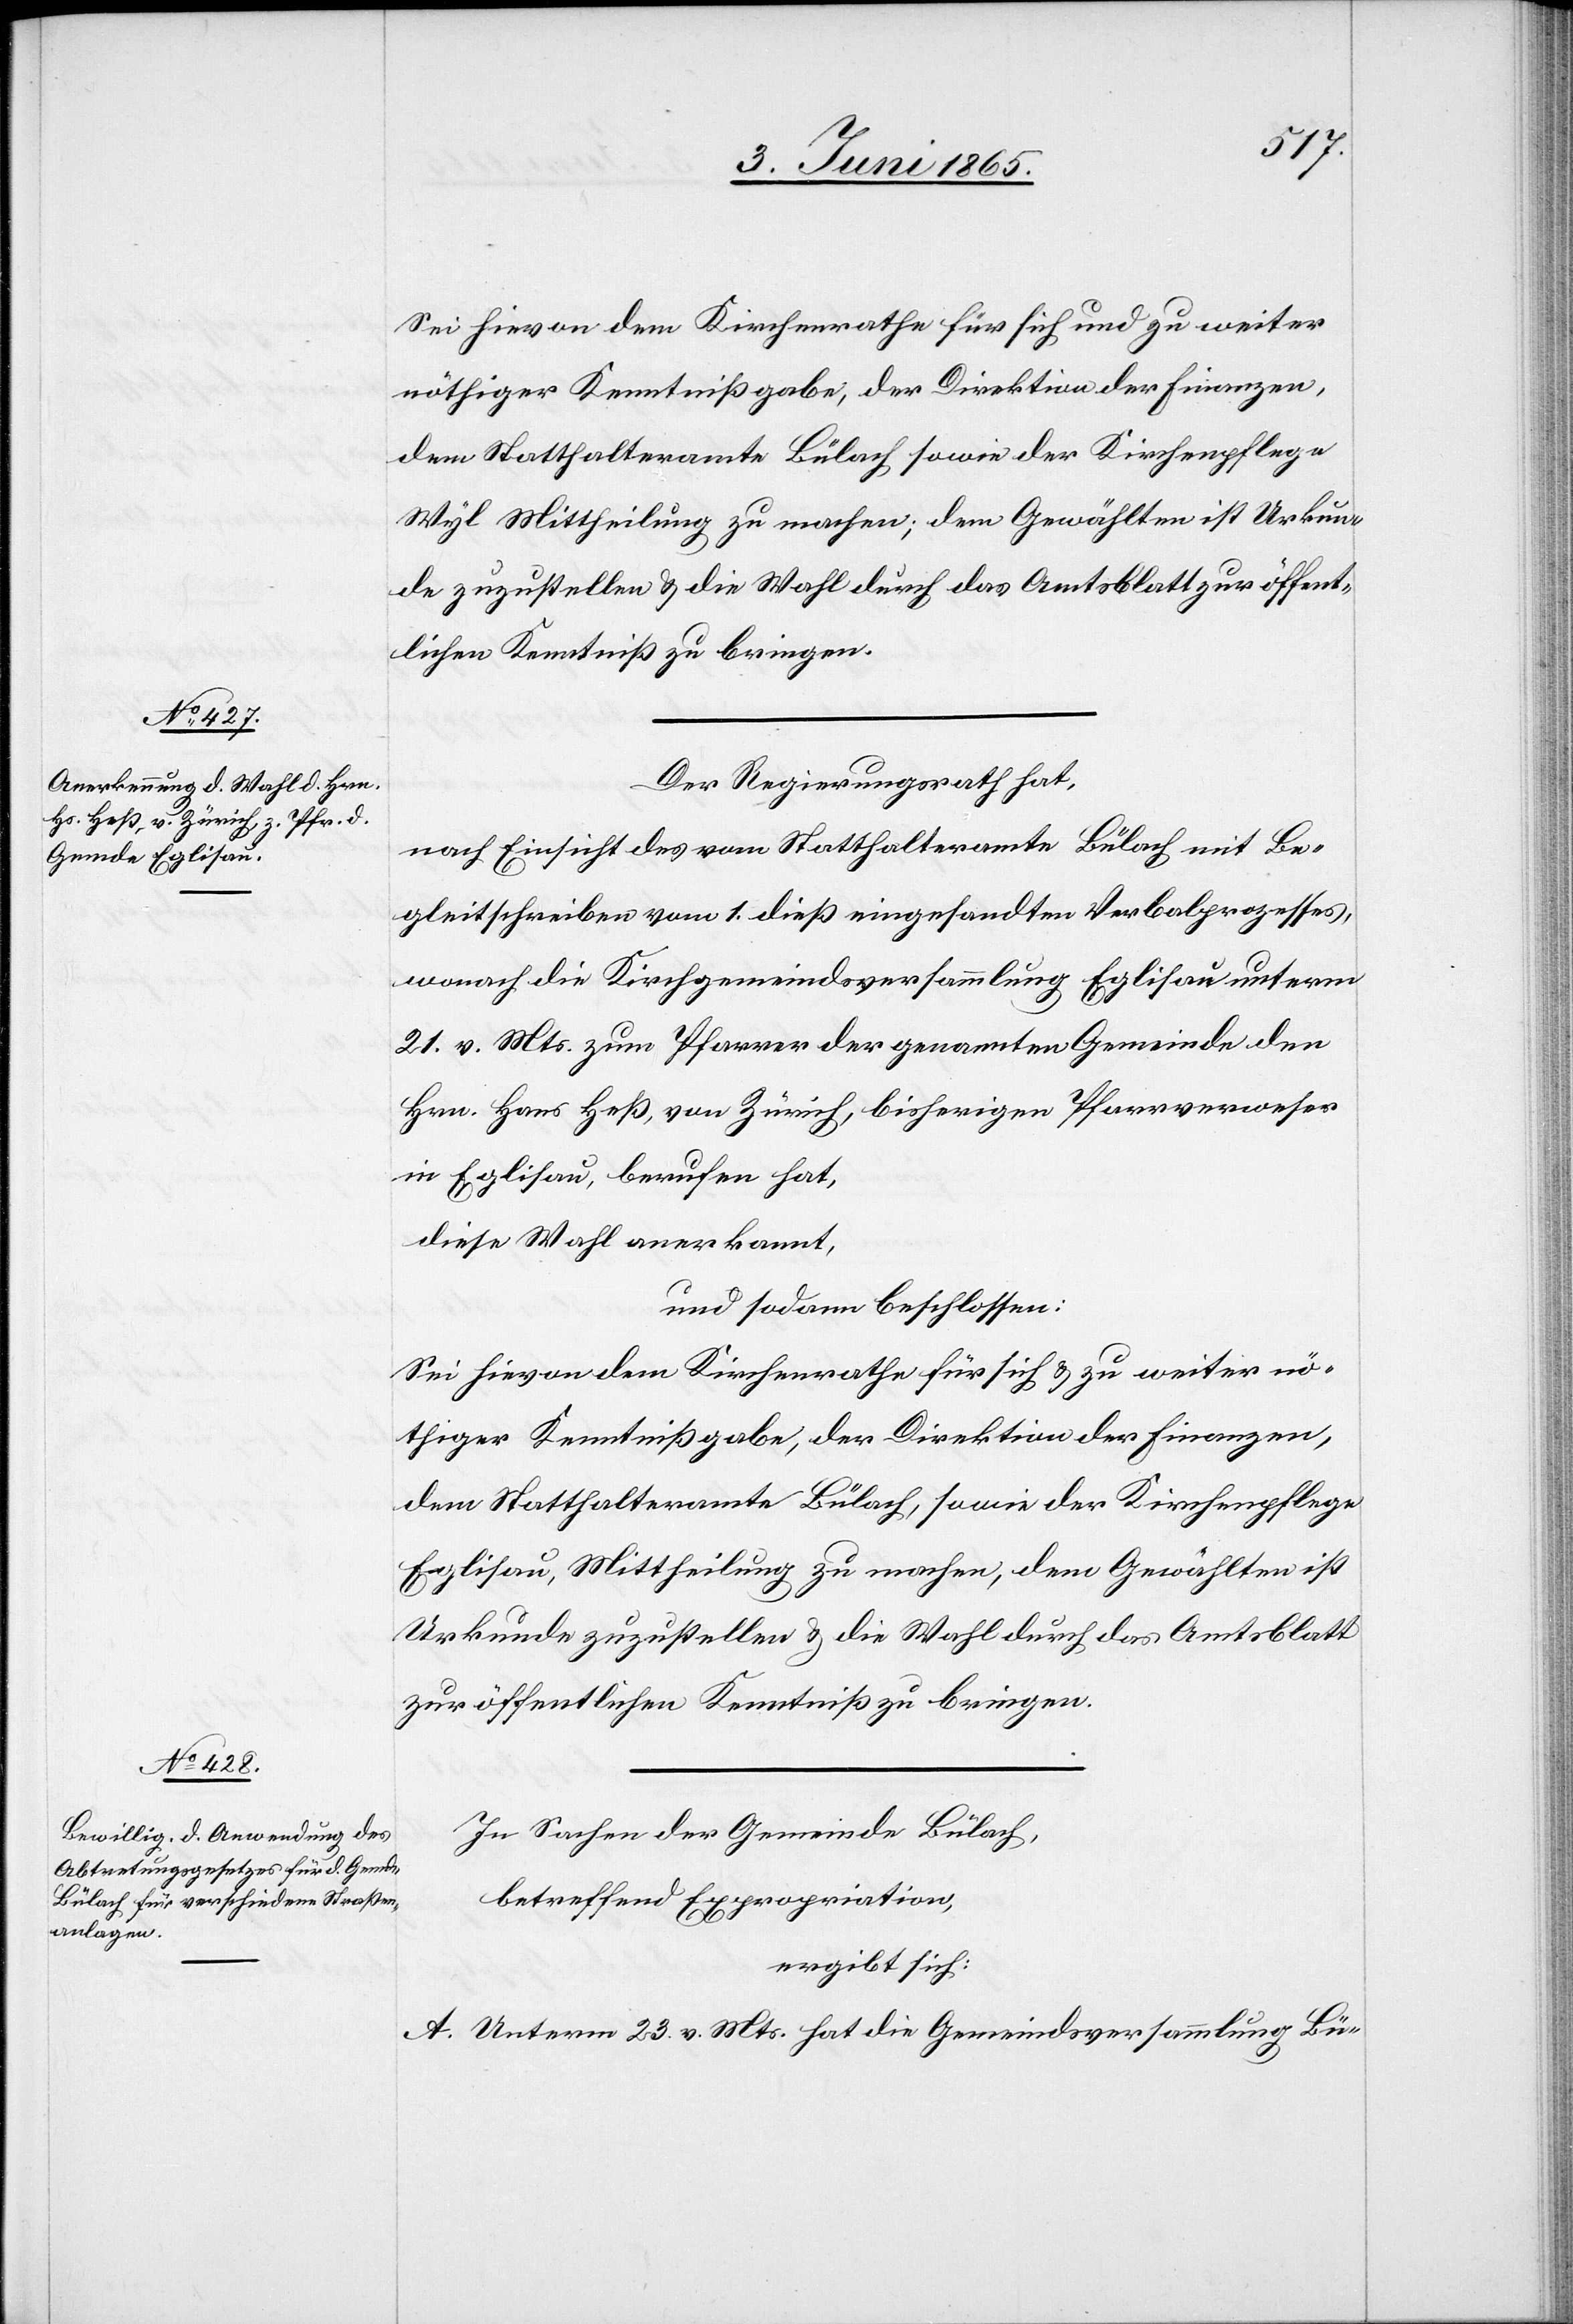
Sei hievon dem Kirchenrathe für sich und zu weiter
nöthiger Kenntnißgabe, der Direktion der Finanzen,
dem Statthalteramte Bülach sowie der Kirchenpflege
Wyl Mittheilung zu machen; dem Gewählten ist Urkun¬
de zuzustellen & die Wahl durch das Amtsblatt zur öffent¬
lichen Kenntniß zu bringen.
Der Regierungsrath hat,
nach Einsicht des vom Statthalteramte Bülach mit Be¬
gleitschreiben vom 1. dieß eingesandten Verbalprozesses,
wonach die Kirchgemeindsversammlung Eglisau unterm
21. v. Mts. zum Pfarrer der genannten Gemeinde den
Hrn. Hans Heß, von Zürich, bisherigen Pfarrverweser
in Eglisau, berufen hat,
diese Wahl anerkannt,
und sodann beschlossen:
Sei hievon dem Kirchenrathe für sich & zu weiter nö¬
thiger Kenntnißgabe, der Direktion der Finanzen,
dem Statthalteramte Bülach, sowie der Kirchenpflege
Eglisau, Mittheilung zu machen, dem Gewählten ist
Urkunde zuzustellen & die Wahl durch das Amtsblatt
zur öffentlichen Kenntniß zu bringen.
In Sachen der Gemeinde Bülach,
betreffend Expropriation,
ergibt sich:
A. Unterm 23. v. Mts. hat die Gemeindsversammlung Bü-